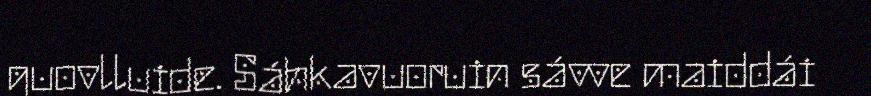
guovlluide. Sáhkavuoruin sávve maiddái